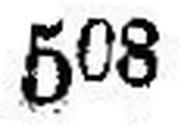
508